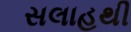
સલાહથી